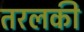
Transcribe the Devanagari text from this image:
तरलकी